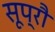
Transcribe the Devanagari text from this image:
सूप्रौ